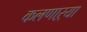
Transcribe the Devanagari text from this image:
कलणाऱ्या